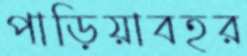
পাড়িয়াবহর